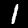
Digit: 1